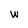
Character: W